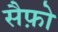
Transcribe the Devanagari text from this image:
सैफ़ो